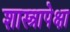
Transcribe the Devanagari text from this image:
शास्त्रापेक्षा